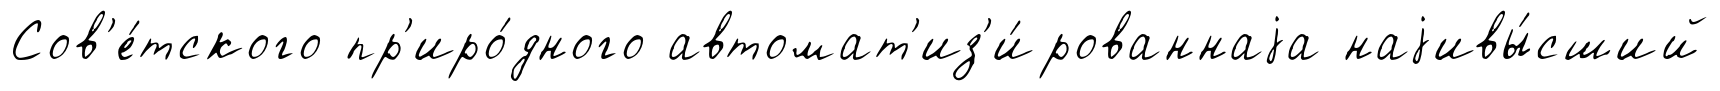
Сов'е́тского пр'иро́дного автомат'из'и́рованнаjа наjивы́сший